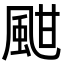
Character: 𩖺